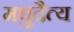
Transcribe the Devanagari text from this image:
मधुदैत्य